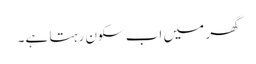
گھر میں اب سکون رہتا ہے۔